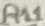
Text: R11